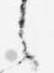
言